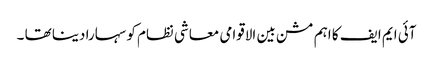
آئی ایم ایف کا اہم مشن بین الاقوامی معاشی نظام کو سہارا دینا تھا ۔